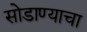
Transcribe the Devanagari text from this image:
सोडाण्याचा